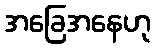
အခြေအနေဟု